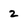
Character: 2